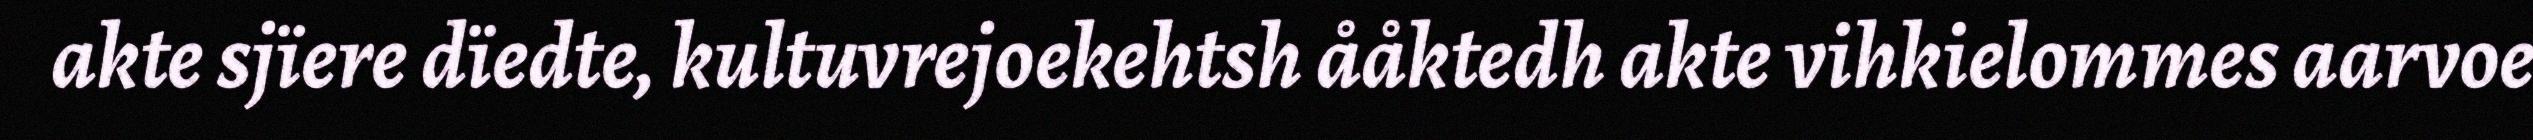
akte sjïere dïedte, kultuvrejoekehtsh ååktedh akte vihkielommes aarvoe